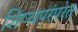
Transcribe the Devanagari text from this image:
शिष्यपरंपरेत